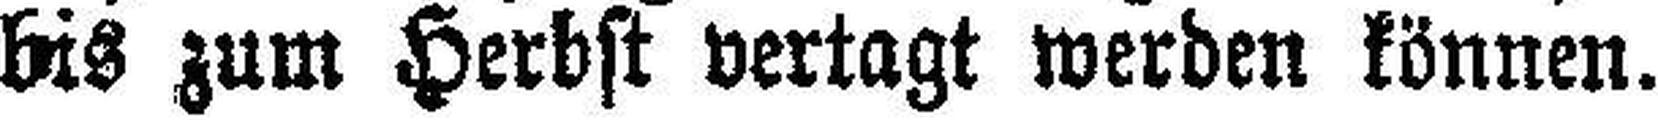
bis zum Herbst vertagt werden können.